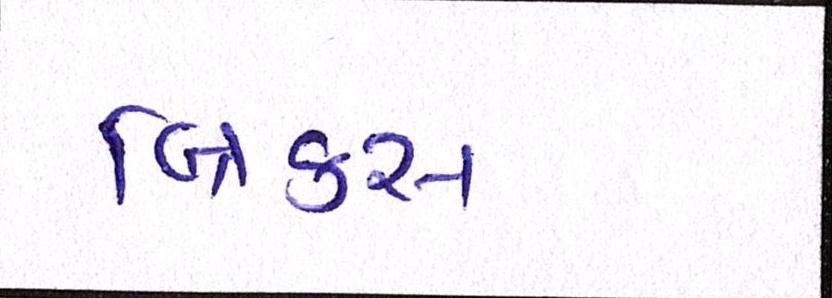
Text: બ્રિક્સ